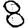
Digit: 8